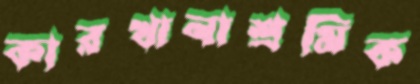
কারখানাশ্রমিক